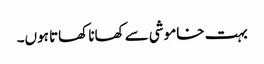
بہت خاموشی سے کھانا کھاتا ہوں۔